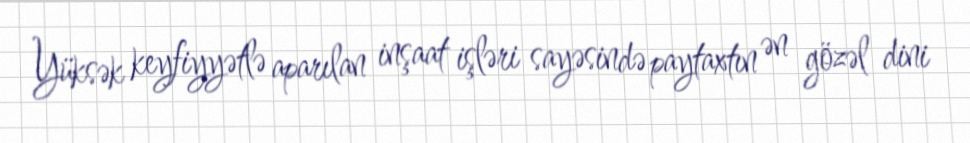
Yüksək keyfiyyətlə aparılan inşaat işləri sayəsində paytaxtın ən gözəl dini